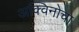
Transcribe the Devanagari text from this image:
अक्विनोचा